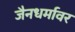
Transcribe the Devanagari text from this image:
जैनधर्मावर